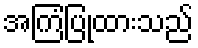
အကြံပြုထားသည်